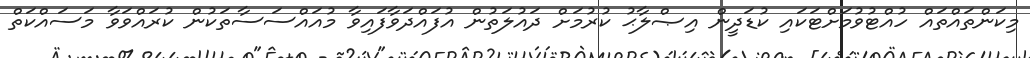
މިކަންތައްތައް ހުއްޓުވުމަށްޓަކައި ކުޑަދީން އިޞްލާޙު ކުރުމަށް ދައުލަތުން އުފައްދަވާފައިވާ މުއައްސަސާތަކުން ކުރައްވަވާ މަސައްކަތް